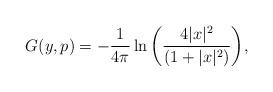
LaTeX: \begin{align*}G(y,p)=-\frac{1}{4\pi}\ln{\left(\frac{4|x|^2}{(1+|x|^2)}\right)},\end{align*}